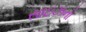
સાઇઝનો